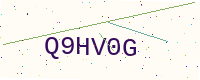
Text: Q9HV0G